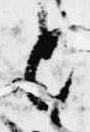
と